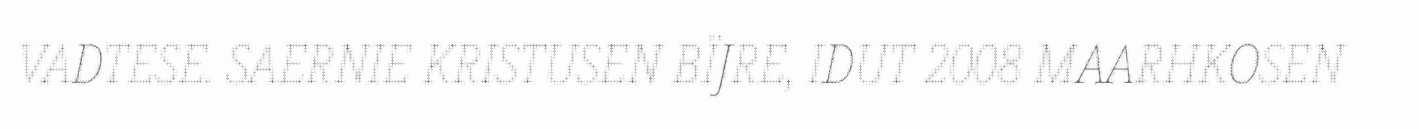
VADTESE. SAERNIE KRISTUSEN BÏJRE, IDUT 2008 MAARHKOSEN